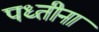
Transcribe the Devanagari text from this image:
पध्तीना